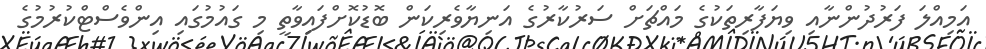
އަމިއްލަ ފަރުދުންނާއި ވިޔަފާރިތަކުގެ މައްޗަށް ސަރުކާރުގެ އަނިޔާވެރިކަން ބޮޑުކޮށްފައިވާތީ މި ގައުމުގައި އިންވެސްޓްކުރުމުގެ